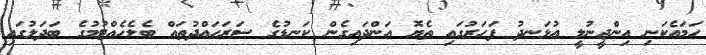
ހަމައެކަނި އިންޖީނުލީ އުޅަނދު ފަހަރުގައި ތެޔޮ އަންދައިގެން ކަނޑުގެ ސަރަހައްދުތައް ބެލެހެއްޓުމުގެ ބަދަލުގައި